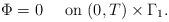
LaTeX: \begin{align*}\Phi=0\quad\hbox{ on }(0, T)\times \Gamma_1.\end{align*}